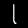
Digit: 1